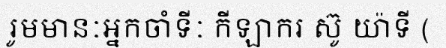
រូមមានៈអ្នកចាំទីៈ កីឡាករ ស៊ូ យ៉ាទី (